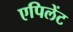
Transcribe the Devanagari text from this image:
एपिलेंट